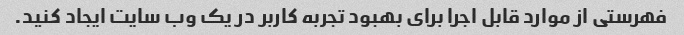
فهرستی از موارد قابل اجرا برای بهبود تجربه کاربر در یک وب سایت ایجاد کنید.